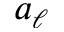
a _ { \ell }